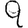
Digit: 9